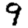
Digit: 9